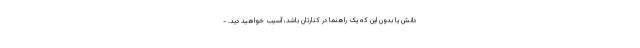
دانش یا بدون این که یک راهنما در کنارتان باشد، آسیب خواهید دید. -